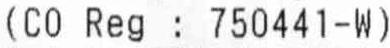
(CO REG : 750441-W)